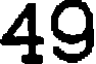
49